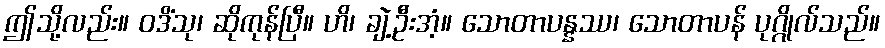
ဤသို့လည်း။ ဝဒိံသု၊ ဆိုကုန်ပြီ။ ဟိ၊ ချဲ့ဦးအံ့။ သောတာပန္နဿ၊ သောတာပန် ပုဂ္ဂိုလ်သည်။